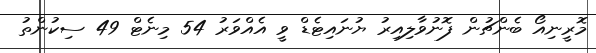
މޮރީނިއޯ ބެންޗުން ފޮނުވާލިއިރު ޔުނައިޓެޑް ވީ އެއްވަރު 54 މިނެޓް 49 ސިކުންތު